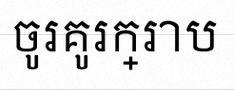
ចូរគូរក្រាប